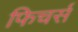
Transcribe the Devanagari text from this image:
फिचर्स